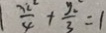
\frac { x ^ { 2 } } { 4 } + \frac { y _ { 2 } } { 3 } = 1